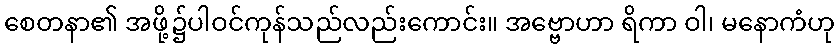
စေတနာ၏ အဖို့၌ပါဝင်ကုန်သည်လည်းကောင်း။ အဗ္ဗောဟာ ရိကာ ဝါ၊ မနောကံဟု